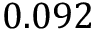
0 . 0 9 2